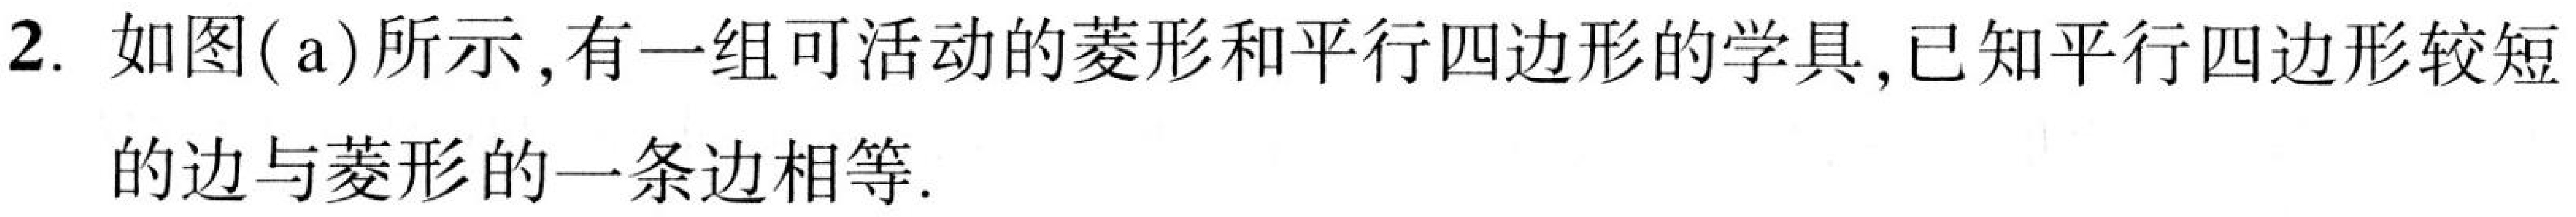
2. 如图(a)所示,有一组可活动的菱形和平行四边形的学具,已知平行四边形较短的边与菱形的一条边相等.